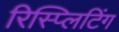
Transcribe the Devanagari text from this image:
रिस्प्लिटिंग